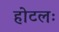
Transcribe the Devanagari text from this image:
होटलः